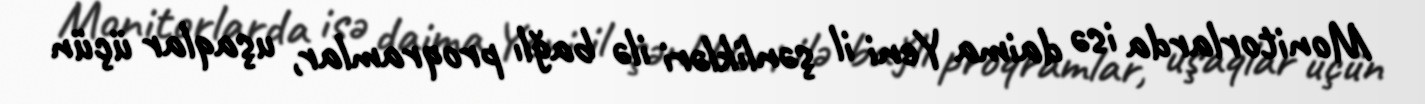
Monitorlarda isə daima Yeni il şənlikləri ilə bağlı proqramlar, uşaqlar üçün